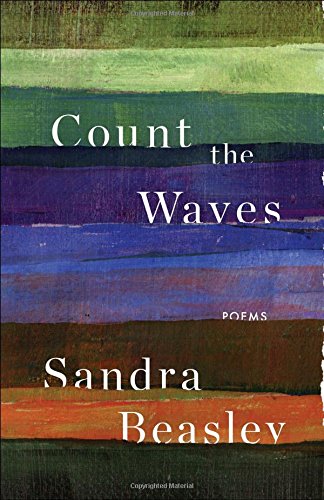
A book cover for Count the Waves: Poems; Sandra Beasley; Literature & Fiction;